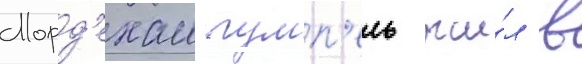
Морд'ехаи гумп'ель жи́л в